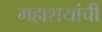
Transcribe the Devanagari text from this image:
महाशयांची